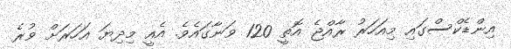
އިންޑެކްސްގައި މިއަހަރު ރާއްޖެ އޮތީ 120 ވަނާގައެވެ. އެއީ މިދިޔަ އަހަރަށް ވުރެ